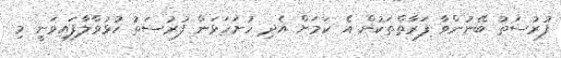
ފުރުސަތު ބޭނުންވާ ފަރާތްތަކުން އެ ކަމަށް އެދި ހުށަހަޅަން ފުރުސަތު ހުޅުވާލާފައިވަނީ މި